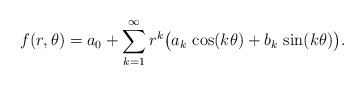
\begin{align*}f(r, \theta) = a_0+\sum_{k=1}^\infty r^k\big(a_k \, \cos(k\theta) + b_k\, \sin(k\theta) \big). \end{align*}